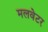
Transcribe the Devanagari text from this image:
मलवेटर